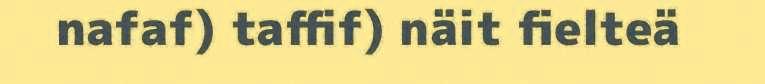
nafaf) taffif) näit fielteä